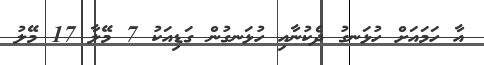
އާ ހަމައަށް ހުޅަނގު ދެކުނާއި ހުޅަނގުން ގަޑިއަކު 7 މޭލާ 17 މޭލު